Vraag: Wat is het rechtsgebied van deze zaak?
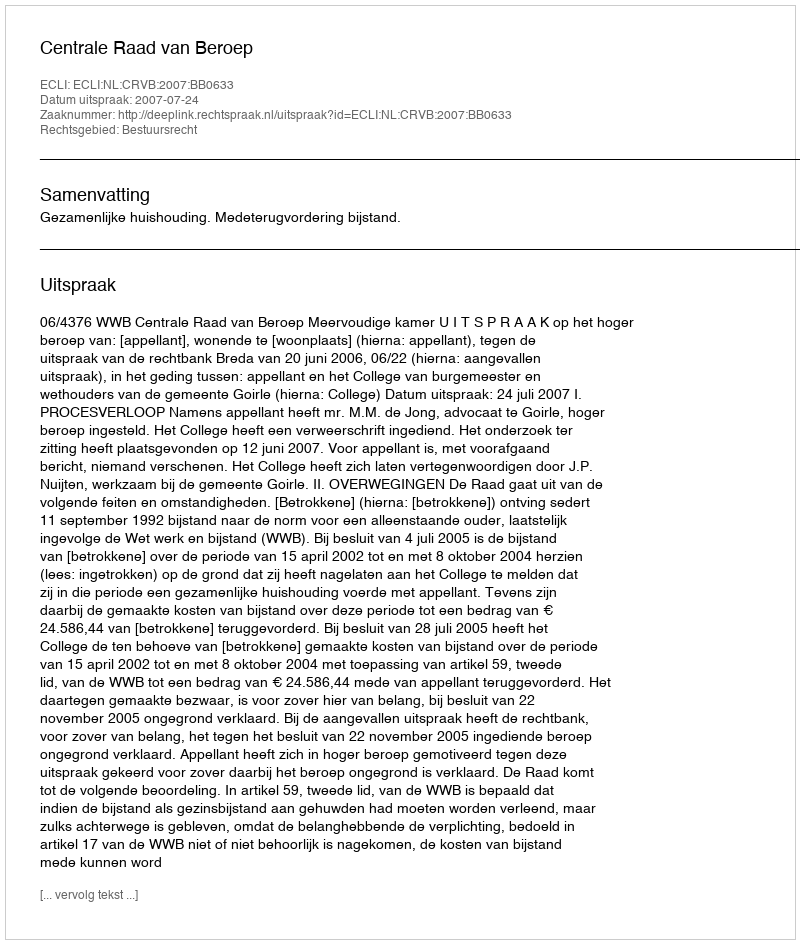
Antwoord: Bestuursrecht